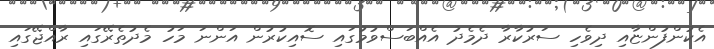
އެކުންފުންޏާއި ދިވެހި ސަރުކާރާ ދެމެދު އެއްބަސްވުމުގައި ސޮއިކުރުން އަންނަ މަހު މެދުތެރޭގައި ރާއްޖޭގައި